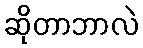
ဆိုတာဘာလဲ